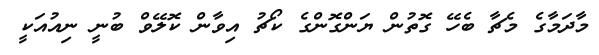
މާދަމާގެ މެޗާ ބެހޭ ގޮތުން ޔަންގޮންގެ ކޯޗު އިވާން ކޮލޭވް ބުނީ ނިއުއަކީ